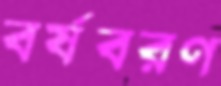
বর্ষবরণ